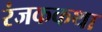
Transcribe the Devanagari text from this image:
रंजककथा